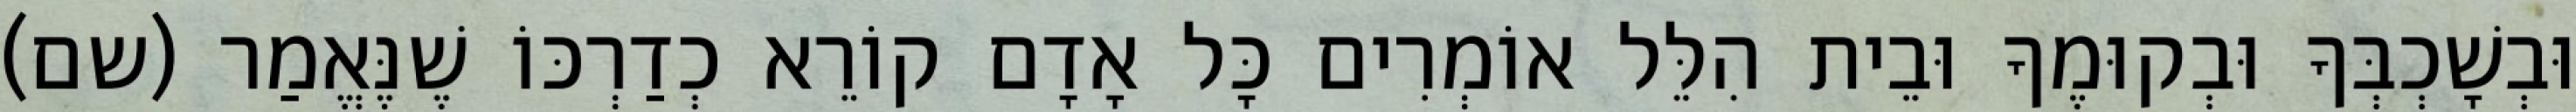
וּבְשָׁכְבְּךָ וּבְקוּמֶךָ וּבֵית הִלֵּל אוֹמְרִים כָּל אָדָם קוֹרֵא כְדַרְכּוֹ שֶׁנֶּאֱמַר (שם)